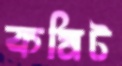
কমিট